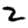
Digit: 2